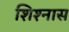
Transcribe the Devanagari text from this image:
शिश्नास